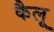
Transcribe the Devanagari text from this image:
कैलू